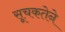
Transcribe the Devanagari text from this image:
सूचकतेने